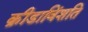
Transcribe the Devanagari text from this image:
क्रीडाविंशति